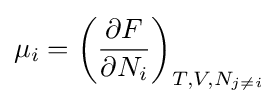
\mu _{i}=\left({\frac {\partial F}{\partial N_{i}}}\right)_{T,V,N_{j\neq i}}